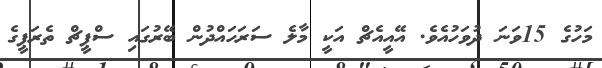
މަހުގެ 15ވަނަ ދުވަހުއެވެ. އޭއީއެޗް އަކީ މާލެ ސަރަހައްދުން ބޭރުގައި ސްޕީޗް ތެރަޕީގެ